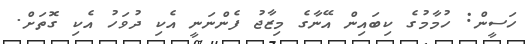
ހަސީން: ހުމާމުގެ ކިބައިން އޭނާގެ މިޒާޖު ފެންނަނީ އެކި ދުވަހު އެކި ގޮތަށް.